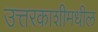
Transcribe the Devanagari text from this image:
उत्तरकाशीमधील